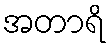
အတာရိ